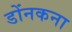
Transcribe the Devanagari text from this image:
डोंनकना